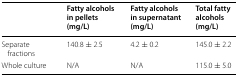
|  | Fatty alcohols in pellets (mg/L) | Fatty alcohols in supernatant (mg/L) | Total fatty alcohols (mg/L) |
 | --- | --- | --- | --- |
 | Separate fractions | 140.8 ± 2.5 | 4.2 ± 0.2 | 145.0 ± 2.2 |
 | Whole culture | N/A | N/A | 115.0 ± 5.0 |